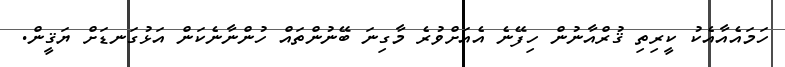
ހަމައެއާއެކު ކީރިތި ޤުރްއާނުން ހިފޭނެ އެއަށްވުރެ މާގިނަ ބޭނުންތައް ހުންނާނެކަން އަޅުގަނޑަށް ޔަޤީން.